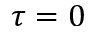
\tau = 0